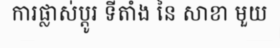
ការផ្លាស់ប្តូរ ទីតាំង នៃ សាខា មួយ